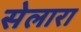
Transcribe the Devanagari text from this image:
सेलारा